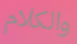
والكلام